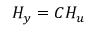
\boldsymbol { H _ { y } } = \boldsymbol { C } \boldsymbol { H _ { u } }